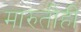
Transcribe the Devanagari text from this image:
मारुतीही